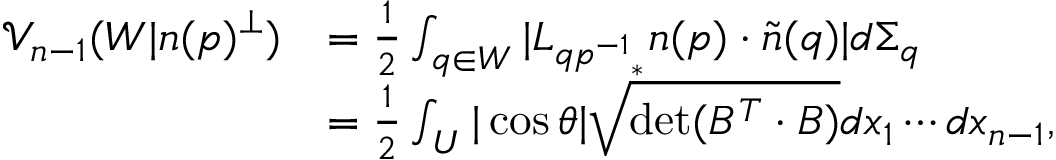
\begin{array} { r l } { \mathcal { V } _ { n - 1 } ( W | n ( p ) ^ { \perp } ) } & { = \frac { 1 } { 2 } \int _ { q \in W } | L _ { { q p ^ { - 1 } } _ { * } } n ( p ) \cdot \tilde { n } ( q ) | d \Sigma _ { q } } \\ & { = \frac { 1 } { 2 } \int _ { U } | \cos \theta | \sqrt { \operatorname* { d e t } ( B ^ { T } \cdot B ) } d x _ { 1 } \cdots d x _ { n - 1 } , } \end{array}